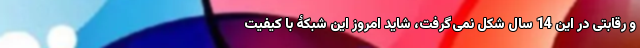
و رقابتی در این 14 سال شکل نمی‌گرفت، شاید امروز این شبکۀ با کیفیت